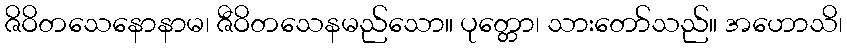
ဇိဝိတသေနောနာမ၊ ဇီဝိတသေနမည်သော။ ပုတ္တော၊ သားတော်သည်။ အဟောသိ၊